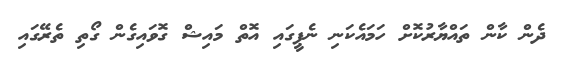
ދެން ކާން ތައްޔާރުކޮށް ހަމައެކަނި ނެޕީގައި އޮތް މައިޝް ގޮވައިގެން ގޯތި ތެރޭގައި